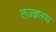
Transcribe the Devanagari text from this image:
तज्ज्ञस्य